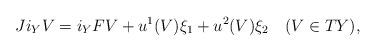
LaTeX: \begin{align*}Ji_Y V=i_Y FV+u^1(V)\xi_1+u^2(V)\xi_2\quad(V\in TY),\end{align*}